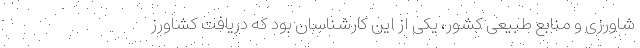
شاورزی و منابع طبیعی کشور، یکی از این کارشناسان بود که دریافت کشاورز